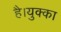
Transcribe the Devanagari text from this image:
है।युक्का